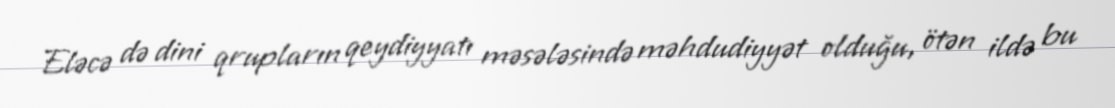
Eləcə də dini qrupların qeydiyyatı məsələsində məhdudiyyət olduğu, ötən ildə bu